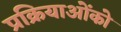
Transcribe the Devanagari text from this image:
प्रक्रियाओंको